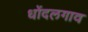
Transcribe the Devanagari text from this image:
धोंदलगाव